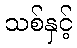
သစ်နှင့်